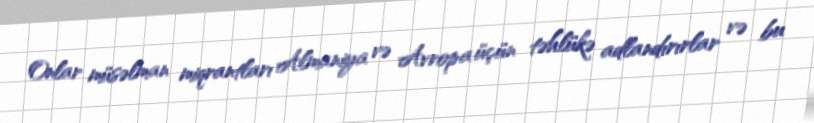
Onlar müsəlman miqrantları Almaniya və Avropa üçün təhlükə adlandırırlar və bu